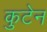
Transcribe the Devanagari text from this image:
कुटेन